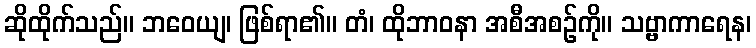
ဆိုထိုက်သည်။ ဘဝေယျ၊ ဖြစ်ရာ၏။ တံ၊ ထိုဘာဝနာ အစီအစဉ်ကို။ သဗ္ဗာကာရေန၊